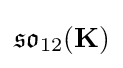
{\mathfrak {so}}_{12}(\mathbf {K} )